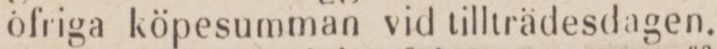
öfriga köpesumman vid tillträdesdagen.